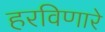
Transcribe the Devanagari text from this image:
हरविणारे